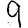
Digit: 9